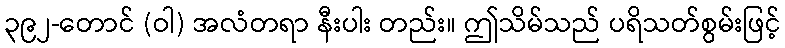
၃၉၂-တောင် (ဝါ) အလံတရာ နီးပါး တည်း။ ဤသိမ်သည် ပရိသတ်စွမ်းဖြင့်